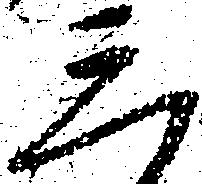
三